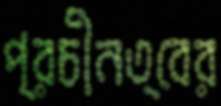
প্রচীনত্বের